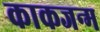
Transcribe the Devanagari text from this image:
काकजन्म